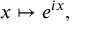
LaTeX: x \mapsto e ^ { i x } ,